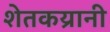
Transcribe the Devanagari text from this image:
शेतकय्रानी